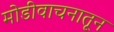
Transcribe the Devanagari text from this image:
मोडीवाचनातून